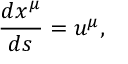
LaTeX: \frac { d x ^ { \mu } } { d s } = u ^ { \mu } ,